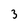
Character: 3